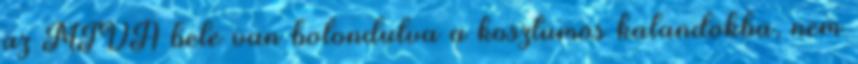
az MTVA bele van bolondulva a kosztümös kalandokba, nem